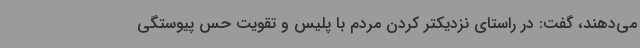
می‌دهند، گفت: در راستای نزدیکتر کردن مردم با پلیس و تقویت حس پیوستگی